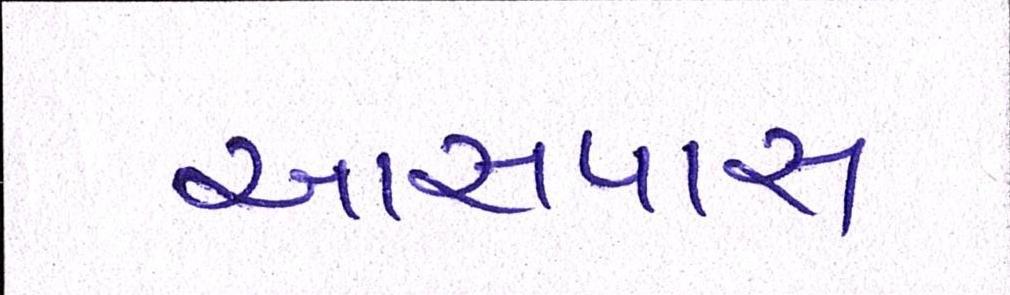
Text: આસપાસ